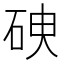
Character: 𥑷